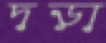
দড়া